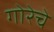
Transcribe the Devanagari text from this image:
गोरेचे